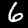
Label: 6